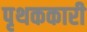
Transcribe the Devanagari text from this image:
पृथककारी